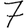
Digit: 7